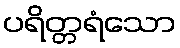
ပရိတ္တရံသော